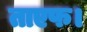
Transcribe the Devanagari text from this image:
ताएफ।